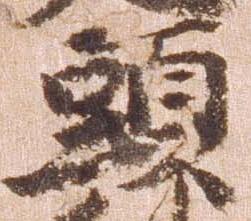
頭